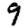
Digit: 9